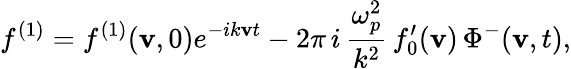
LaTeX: f^{(1)}=f^{(1)}(\mathbf{v},0)e^{-ik\mathbf{v}t}-2\pi\, i\, \frac{{\omega_{p}^{2}}}{{k^{2}}}\, f_{0}^{\prime}(\mathbf{v})\, \Phi^{-}(\mathbf{v},t),